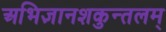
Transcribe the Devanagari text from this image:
अभिज्ञानशकुन्तलम्